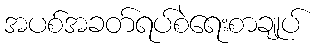
အပစ်အခတ်ရပ်စဲရေးစာချုပ်